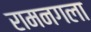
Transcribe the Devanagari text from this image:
रामनगला